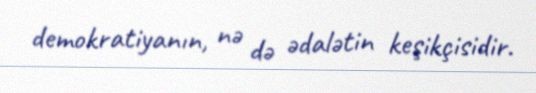
demokratiyanın, nə də ədalətin keşikçisidir.